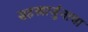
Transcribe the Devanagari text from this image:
सहस्त्रार्जुनाचा